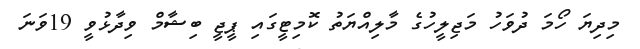
މިދިޔަ ހޯމަ ދުވަހު މަޖިލީހުގެ މާލިއްޔަތު ކޮމިޓީގައި ޕީޖީ ބިޝާމް ވިދާޅުވީ 19ވަނަ